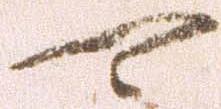
可